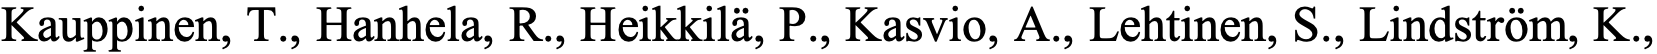
Kauppinen, T., Hanhela, R., Heikkilä, P., Kasvio, A., Lehtinen, S., Lindström, K.,